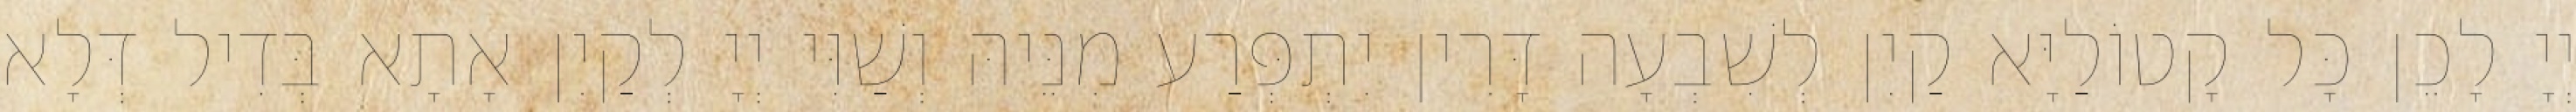
יְיָ לָכֵן כָּל קָטוֹלַיָּא קַיִן לְשִׁבְעָה דָּרִין יִתְפְּרַע מִנֵּיהּ וְשַׁוִּי יְיָ לְקַיִן אָתָא בְּדִיל דְּלָא